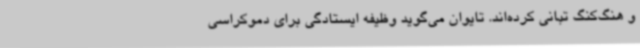
و هنگ‌کنگ تبانی کرده‌اند. تایوان می‌گوید وظیفه ایستادگی برای دموکراسی